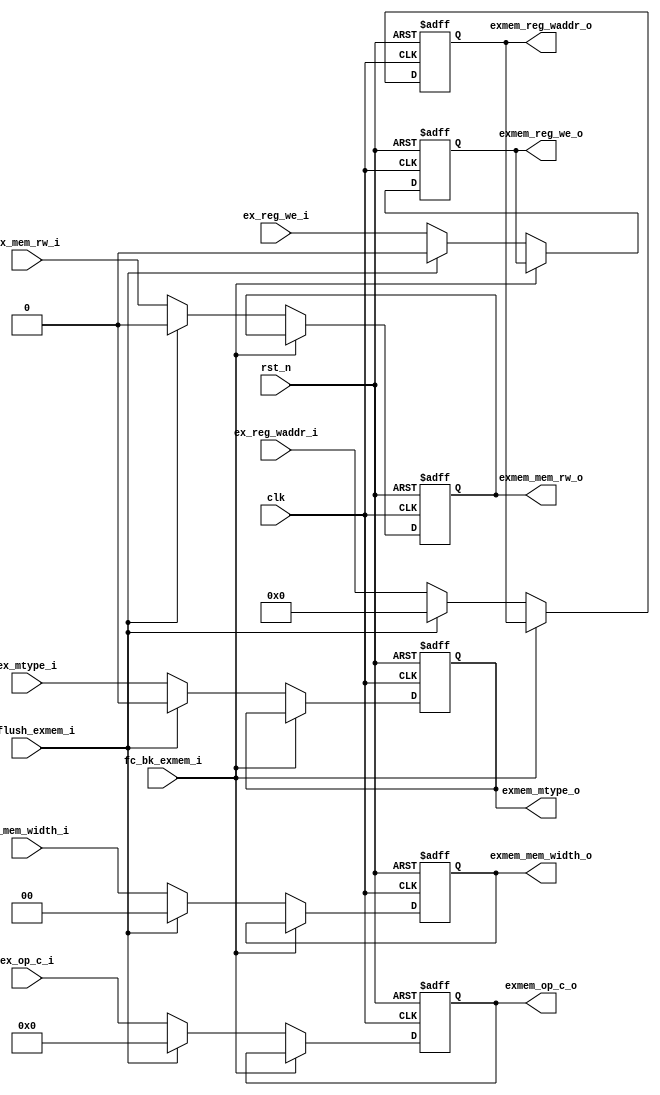
module ex_mem_reg (
    input   wire                    clk,
    input   wire                    rst_n,
    //from ex
    input   wire            [31:0]  ex_op_c_i,
    input   wire            [4:0]   ex_reg_waddr_i,
    input   wire                    ex_reg_we_i,

    input   wire                    ex_mtype_i,  
    input   wire                    ex_mem_rw_i, 
    input   wire            [1:0]   ex_mem_width_i,

    //to mem
    output  reg             [31:0]  exmem_op_c_o,
    output  reg             [4:0]   exmem_reg_waddr_o,
    output  reg                     exmem_reg_we_o,


    output  reg                     exmem_mtype_o,          
    output  reg                     exmem_mem_rw_o,        
    output  reg             [1:0]   exmem_mem_width_o, 

    //from fc
    input   wire                    fc_flush_exmem_i,
    input   wire                    fc_bk_exmem_i
);



    always@(posedge clk or negedge rst_n)begin

        if(rst_n == 1'b0)begin
            exmem_op_c_o <= 32'h0;
            exmem_reg_waddr_o <= 5'h0;
            exmem_reg_we_o <= 1'b0;

            exmem_mtype_o <= 1'b0;
            exmem_mem_rw_o <= 1'b0;
            exmem_mem_width_o <= 2'b0;
        end
        else if(fc_bk_exmem_i == 1'b1)begin
            exmem_op_c_o <= exmem_op_c_o;
            exmem_reg_waddr_o <= exmem_reg_waddr_o;
            exmem_reg_we_o <= exmem_reg_we_o;

            exmem_mtype_o <= exmem_mtype_o;
            exmem_mem_rw_o <= exmem_mem_rw_o;
            exmem_mem_width_o <= exmem_mem_width_o;

        end
        else if(fc_flush_exmem_i == 1'b1)begin
            exmem_op_c_o <= 32'h0;
            exmem_reg_waddr_o <= 5'h0;
            exmem_reg_we_o <= 1'b0;

            exmem_mtype_o <= 1'b0;
            exmem_mem_rw_o <= 1'b0;
            exmem_mem_width_o <= 2'b0;
        end
        else begin
            exmem_op_c_o <= ex_op_c_i;
            exmem_reg_waddr_o <= ex_reg_waddr_i;
            exmem_reg_we_o <= ex_reg_we_i;

            exmem_mtype_o <= ex_mtype_i;
            exmem_mem_rw_o <= ex_mem_rw_i;
            exmem_mem_width_o <= ex_mem_width_i;
                
        end
        
    end



endmodule